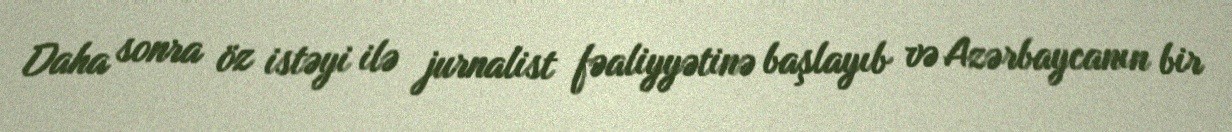
Daha sonra öz istəyi ilə jurnalist fəaliyyətinə başlayıb və Azərbaycanın bir